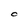
Character: O